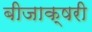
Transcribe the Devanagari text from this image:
बीजाक्षरी